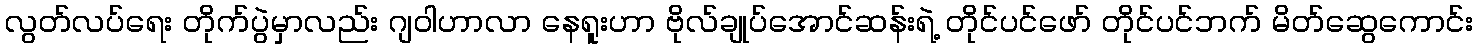
လွတ်လပ်ရေး တိုက်ပွဲမှာလည်း ဂျဝါဟာလာ နေရူးဟာ ဗိုလ်ချုပ်အောင်ဆန်းရဲ့ တိုင်ပင်ဖော် တိုင်ပင်ဘက် မိတ်ဆွေကောင်း